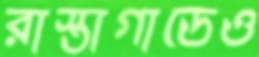
রাস্তাগাডেও